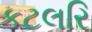
કટલરિ